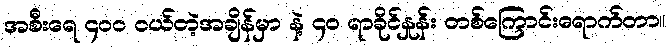
အစီးရေ ၄၀၀ ဝယ်တဲ့အချိန်မှာ နဲ့ ၄၀ ရာခိုင်နှုန်း တစ်ကြောင်းရောက်တာ။